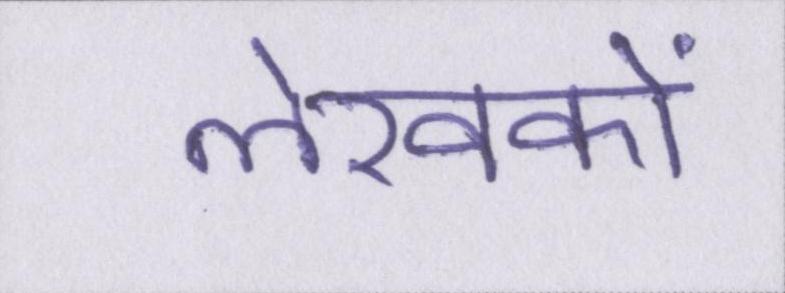
लेखकों